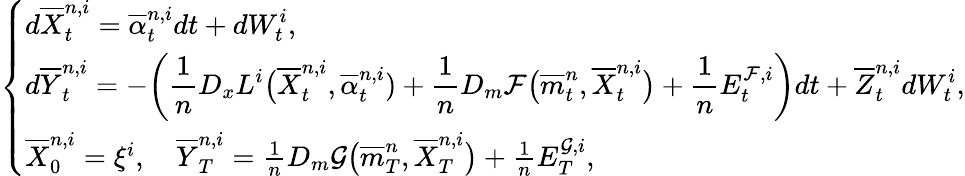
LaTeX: \left\{ \begin{array}{ll}{\displaystyle d\overline{{X}}_{t}^{n,i}=\overline{{\alpha}}_{t}^{n,i}dt+dW_{t}^{i},\displaystyle}\\ {\displaystyle d\overline{{Y}}_{t}^{n,i}=-\bigg(\frac{1}{n}D_{x}L^{i}\big(\overline{{X}}_{t}^{n,i},\overline{{\alpha}}_{t}^{n,i})+\frac{1}{n}D_{m}\mathcal{F}\big(\overline{{m}}_{t}^{n},\overline{{X}}_{t}^{n,i}\big)+\frac{1}{n}E_{t}^{\mathcal{F},i}\bigg)dt+\overline{{Z}}_{t}^{n,i}dW_{t}^{i},}\\ {\overline{{X}}_{0}^{n,i}=\xi^{i},\quad\overline{{Y}}_{T}^{n,i}=\frac{1}{n}D_{m}\mathcal{G}\big(\overline{{m}}_{T}^{n},\overline{{X}}_{T}^{n,i}\big)+\frac{1}{n}E_{T}^{\mathcal{G},i},}\end{array}\right.